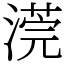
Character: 𣻻